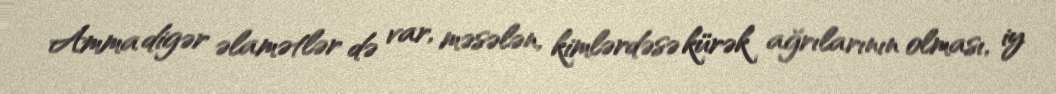
Amma digər əlamətlər də var, məsələn, kimlərdəsə kürək ağrılarının olması, iy